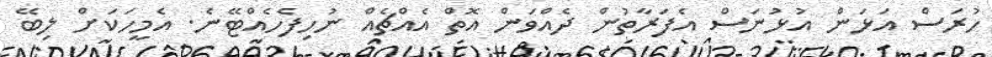
ހުރަސް އަޅަން އުޅުނަސް އެފަރާތުން ދެއްވަން އޮތް އެއްޗެއް ނުހިފެހެއްޓޭނެ. އެމީހަކަށް ލިބޭ